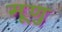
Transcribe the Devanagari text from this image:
मूणु